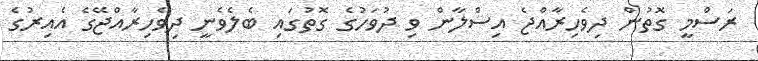
ރަސްމީ ގޮތުން ދިވެހިރާއްޖެ އިސްލާން ވި ދުވަހުގެ ގޮތުގައި ބެލެވެނީ ދިވެހިރާއްޖޭގެ އެއިރުގެ